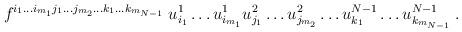
LaTeX: \begin{align*} f^{i_1\ldots i_{m_1}j_1\ldots j_{m_2}\ldots k_1\ldots k_{m_{N-1}}}\; u^1_{i_1}\ldots u^1_{i_{m_1}} u^2_{j_1}\ldots u^2_{j_{m_2}} \ldots u^{N-1}_{k_1}\ldots u^{N-1}_{k_{m_{N-1}}} \;.\end{align*}